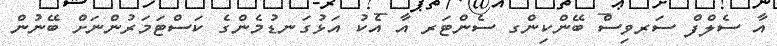
އާ ސެލްފް ސަރވިސް ބޭންކިންގ ސެންޓަރ އާ އެކު އަޅުގަނޑުމެންގެ ކަސްޓަމަރުންނަށް ބޭނުން